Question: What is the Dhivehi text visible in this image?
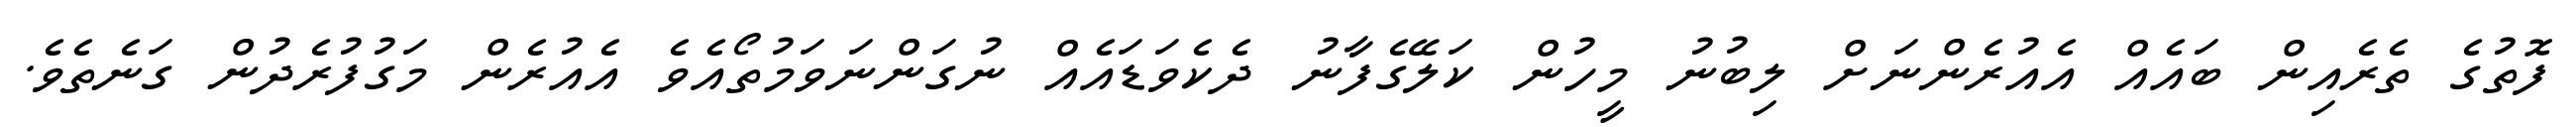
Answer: ފޮތުގެ ތެރެއިން ބައެއް އެއުރެންނަށް ލިބުނު މީހުން ކަލޭގެފާނު ދެކެވަޑައެއް ނުގަންނަވަމުތޯއެވެ އެއުރެން މަގުފުރެދުން ގަނެތެވެ.